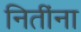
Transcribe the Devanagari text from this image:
नितींना